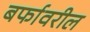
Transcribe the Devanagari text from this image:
बर्फावरील